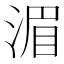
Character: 湄